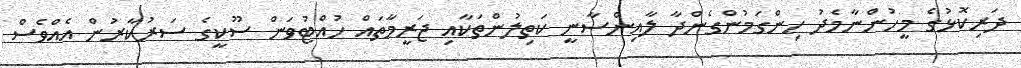
ދަރިކޮޅުގެ މީހުންނާމެދު ހިންގަމުންގެންދާ ލާއިންސާނީ ކަތިލުންތަކާއި ޖަރީމާތައް ހުއްޓުވަން ސޫކީގެ ސަރުކާރުން އެއްވެސް